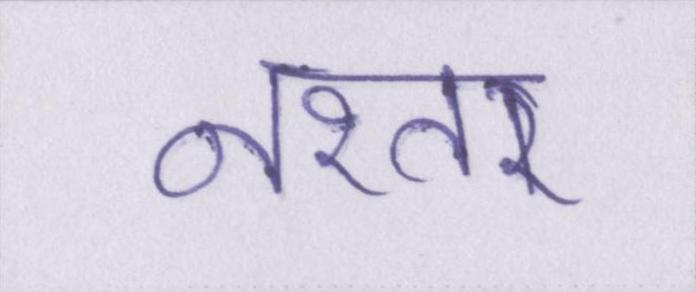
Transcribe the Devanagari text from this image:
नश्तर